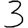
Digit: 3